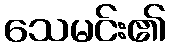
သေမင်း၏